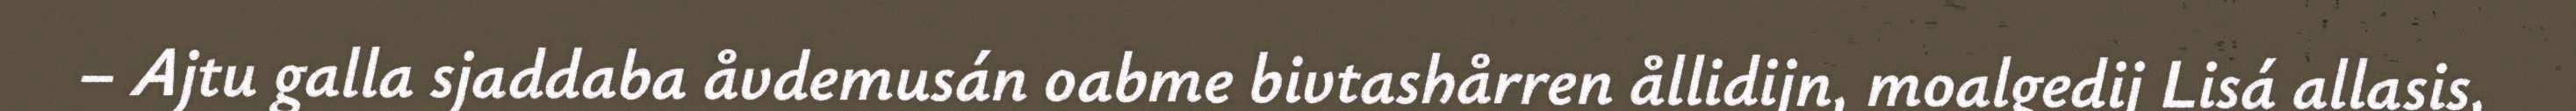
– Ajtu galla sjaddaba åvdemusán oabme bivtashårren ållidijn, moalgedij Lisá allasis,